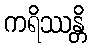
ကရိဿန္တိ